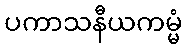
ပကာသနီယကမ္မံ